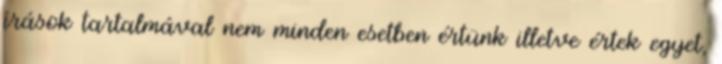
írások tartalmával nem minden esetben értünk illetve értek egyet,